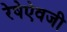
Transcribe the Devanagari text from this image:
रेषेऐवजी